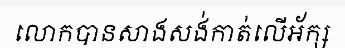
លោកបានសាងសង់កាត់លើអ័ក្ស